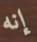
إنه